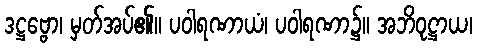
ဒဋ္ဌဗ္ဗော၊ မှတ်အပ်၏။ ပဝါရဏာယံ၊ ပဝါရဏာ၌။ အဘိဝုဋ္ဌာယ၊